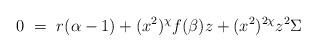
LaTeX: \begin{align*}0 ~=~ r(\alpha-1) + (x^2)^\chi f(\beta) z + (x^2)^{2\chi} z^2 \Sigma\end{align*}